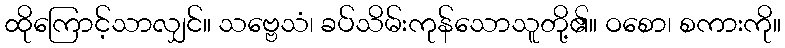
ထိုကြောင့်သာလျှင်။ သဗ္ဗေသံ၊ ခပ်သိမ်းကုန်သောသူတို့၏။ ဝစော၊ စကားကို။